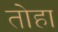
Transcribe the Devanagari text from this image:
तोहा